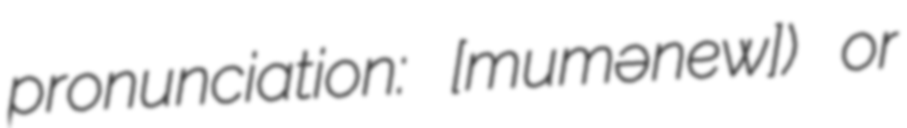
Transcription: pronunciation: [mumːəˈnew]) or